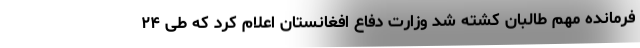
فرمانده مهم طالبان کشته شد وزارت دفاع افغانستان اعلام کرد که طی ۲۴